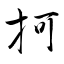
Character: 抲